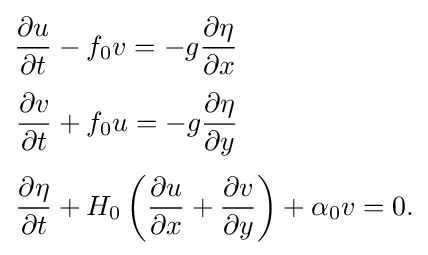
{\begin{aligned}{\partial u \over \partial t}&-f_{0}v=-g{\partial \eta  \over \partial x}\\[3pt]{\partial v \over \partial t}&+f_{0}u=-g{\partial \eta  \over \partial y}\\[3pt]{\partial \eta  \over \partial t}&+H_{0}\left({\partial u \over \partial x}+{\partial v \over \partial y}\right)+\alpha _{0}v=0.\end{aligned}}